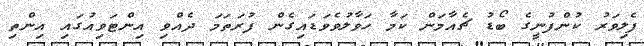
ފެލިވަރު ކުންފުނީގެ ބޯޑު ޗެއާމަން ކަމާ ހަވާލުވެވަޑައިގެން ފުރަތަމަ ދެއްވި އިންޓަވިއުގައި އިންތި